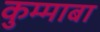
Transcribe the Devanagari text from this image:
कुम्माबा